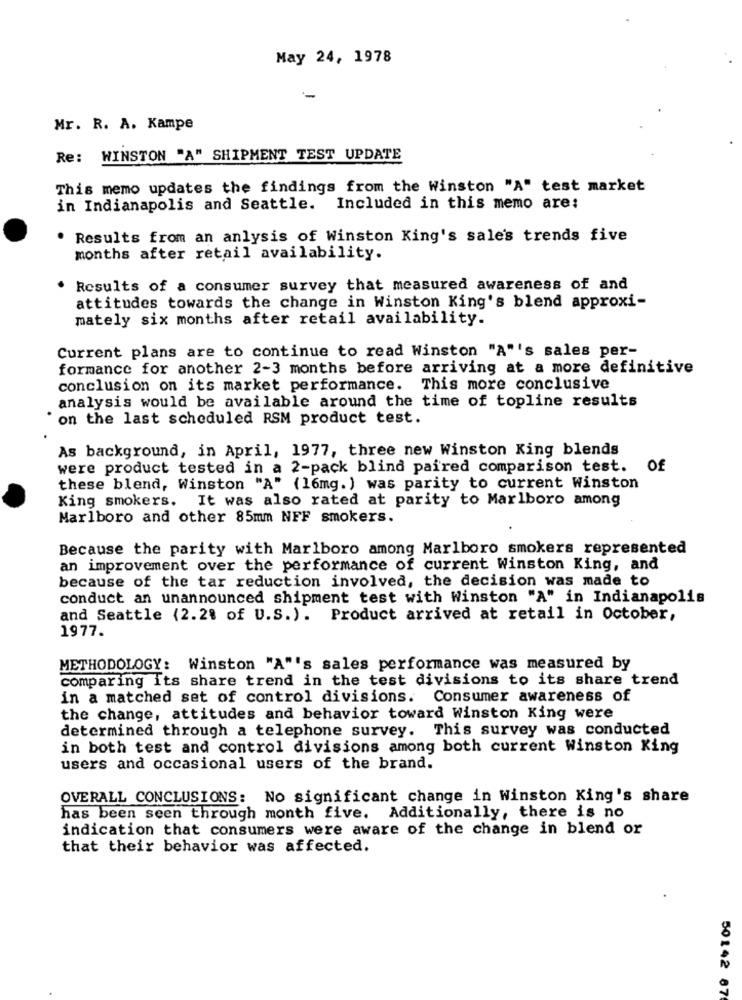
May 24, 1978
Mr. R. A. Kampe
Re: WINSTON "A" SHIPMENT TEST UPDATE
This memo updates the findings from the Winston "A" test market
in Indianapolis and Seattle. Included in this memo are:
. Results from an anlysis of Winston King's sales trends five
months after retail availability.
Results of a consumer survey that measured awareness of and
attitudes towards the change in Winston King's blend approxi-
mately six months after retail availability.
Current plans are to continue to read Winston "A"'s sales per-
formance for another 2-3 months before arriving at a more definitive
conclusion on its market performance. This more conclusive
analysis would be available around the time of topline results
on the last scheduled RSM product test.
As background, in April, 1977, three new Winston King blends
were product tested in a 2-pack blind paired comparison test. Of
these blend, Winston "A" (16mg. ) was parity to current Winston
King smokers.
It was also rated at parity to Marlboro among
Marlboro and other 85mm NFF smokers.
Because the parity with Marlboro among Marlboro smokers represented
an improvement over the performance of current Winston King, and
because of the tar reduction involved, the decision was made to
conduct an unannounced shipment test with Winston "A" in Indianapolis
and Seattle (2.2% of U.S.). Product arrived at retail in October,
1977.
METHODOLOGY: Winston "A"'s sales performance was measured by
comparing its share trend in the test divisions to its share trend
in a matched set of control divisions. Consumer awareness of
the change, attitudes and behavior toward Winston King were
determined through a telephone survey. This survey was conducted
in both test and control divisions among both current Winston King
users and occasional users of the brand.
OVERALL CONCLUSIONS: No significant change in Winston King's share
has been seen through month five. Additionally, there is no
indication that consumers were aware of the change in blend or
that their behavior was affected.
50142 87